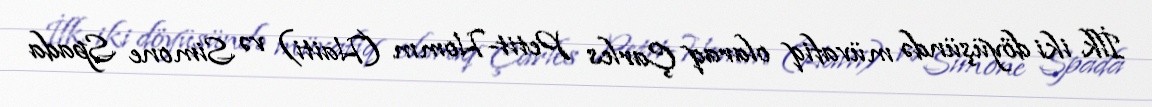
İlk iki döyüşündə müvafiq olaraq Çarles Petit-Homm (Haiti) və Simone Spada